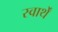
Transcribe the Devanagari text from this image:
स्वार्थें